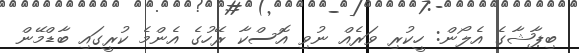
ބިޕާޝާގެ އެލޯން: ހީކުރި ވަރެއް ނުވި އޮސްކާ ރޭހުގެ އެންމެ ކުރީގައި ބާޑްމޭން